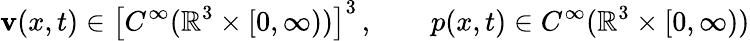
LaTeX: \mathbf{v}(x,t)\in\left[C^{\infty}(\mathbb{R}^{3}\times[0,\infty))\right]^{3}\, ,\qquad p(x,t)\in C^{\infty}(\mathbb{R}^{3}\times[0,\infty))